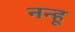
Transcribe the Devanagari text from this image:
नन्हू